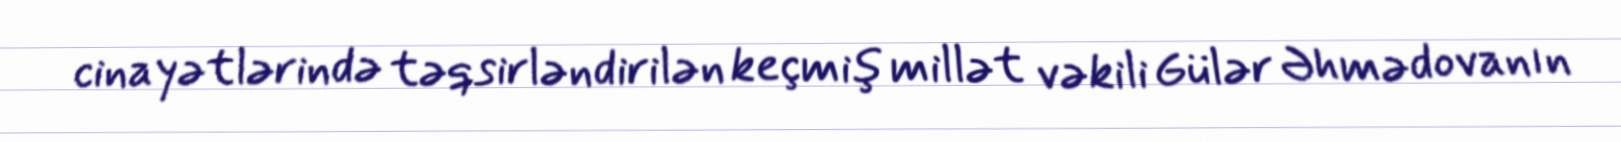
cinayətlərində təqsirləndirilən keçmiş millət vəkili Gülər Əhmədovanın